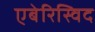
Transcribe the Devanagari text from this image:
एबेरिस्विद